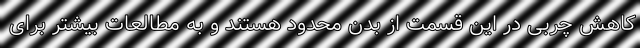
کاهش چربی در این قسمت از بدن محدود هستند و به مطالعات بیشتر برای